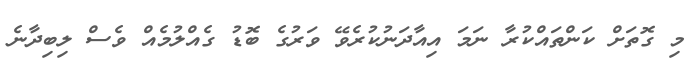
މި ގޮތަށް ކަންތައްކުރާ ނަމަ އިއާދަނުކުރެވޭ ވަރުގެ ބޮޑު ގެއްލުމެއް ވެސް ލިބިދާނެ